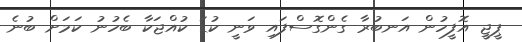
ޕީޖީ އޮފީހުން އަނބުރާ ގެންގޮސްފައި ވަނީ ކުޑަ ކުއްޖަކާ ބެހުނު ކަމަށް ބުނެ